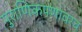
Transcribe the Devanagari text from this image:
पुराणिकपणावरच